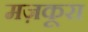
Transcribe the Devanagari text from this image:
मज़कूरा